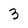
Character: 3